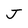
Character: J